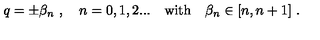
q = \pm \beta _ { n } \ , \quad n = 0 , 1 , 2 . . . \quad \mathrm { w i t h } \quad \beta _ { n } \in [ n , n + 1 ] \ .